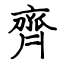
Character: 齊